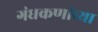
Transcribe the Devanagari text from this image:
गंधकणांच्या